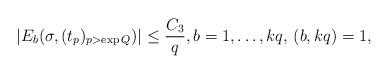
LaTeX: \begin{align*}|E_b(\sigma,(t_p)_{p>\exp{Q}})|\leq \frac{C_3}{q}, b=1,\ldots,kq,\, (b,kq)=1,\end{align*}